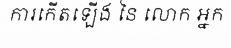
ការកើតឡើង នៃ លោក អ្នក